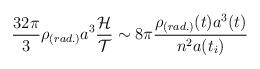
LaTeX: \begin{align*}\frac{32\pi}{3}\rho_{(rad.)}a^3\frac{{\cal H}}{{\cal T}} \sim8\pi \frac{\rho_{(rad.)}(t)a^3(t)}{n^2a(t_i)}\end{align*}